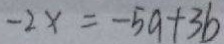
- 2 x = - 5 a + 3 b